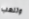
وتلعب